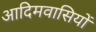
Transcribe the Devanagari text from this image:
आदिमवासियों